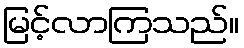
မြင့်လာကြသည်။